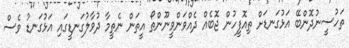
ތަހުސީނުދޮންބޭ އަޅުގަނޑަށް ތިއޮފީހުން ޖޮބެއް ދެއްވަންވީނޫންތޯ އީތަން ނެތީމާ ދުވާލުގަނޑީގައި އަޅުގަނޑު ވެސް